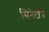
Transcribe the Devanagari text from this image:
सिनेटांचे